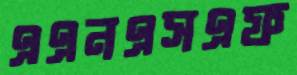
এএনএসএফ